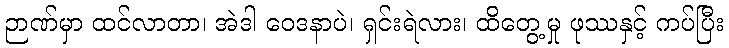
ဉာဏ်မှာ ထင်လာတာ၊ အဲဒါ ဝေဒနာပဲ၊ ရှင်းရဲလား၊ ထိတွေ့မှု ဖုဿနှင့် ကပ်ပြီး